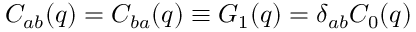
C _ { a b } ( q ) = C _ { b a } ( q ) \equiv G _ { 1 } ( q ) = \delta _ { a b } C _ { 0 } ( q )